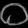
Digit: ၀